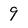
Character: 9